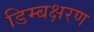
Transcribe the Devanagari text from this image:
डिम्बक्षरण